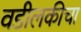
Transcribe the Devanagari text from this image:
वडीलकीचा